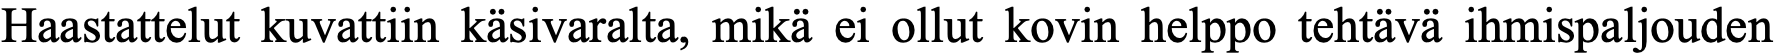
Haastattelut kuvattiin käsivaralta, mikä ei ollut kovin helppo tehtävä ihmispaljouden